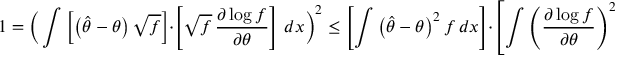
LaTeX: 1 = { \biggl ( } \int \left[ \left( { \hat { \theta } } - \theta \right) { \sqrt { f } } \right] \cdot \left[ { \sqrt { f } } \, { \frac { \partial \log f } { \partial \theta } } \right] \, d x { \biggr ) } ^ { 2 } \leq \left[ \int \left( { \hat { \theta } } - \theta \right) ^ { 2 } f \, d x \right] \cdot \left[ \int \left( { \frac { \partial \log f } { \partial \theta } } \right) ^ { 2 } f \, d x \right] .